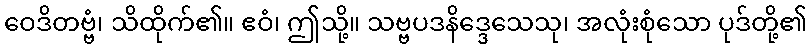
ဝေဒိတဗ္ဗံ၊ သိထိုက်၏။ ဧဝံ၊ ဤသို့။ သဗ္ဗပဒနိဒ္ဒေသေသု၊ အလုံးစုံသော ပုဒ်တို့၏